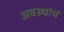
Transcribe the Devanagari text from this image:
अवस्थांचं